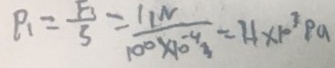
P _ { 1 } = \frac { F _ { 3 } } { 3 } = \frac { 1 1 N } { 1 0 0 \times 1 0 ^ { - 4 } _ { 3 } } = 1 1 \times 1 0 ^ { 3 } P q